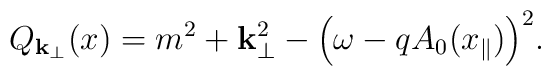
Q_{{\bf k}_{\perp}}(x) = m^2 + {\bf k}_{\perp}^2 - \Bigl( \omega -q A_0 ( x_{\parallel}) \Bigr)^2.